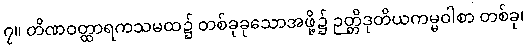
၇။ တိဏဝတ္ထာရကသမထ၌ တစ်ခုခုသောအဖို့၌ ဉတ္တိဒုတိယကမ္မဝါစာ တစ်ခု၊